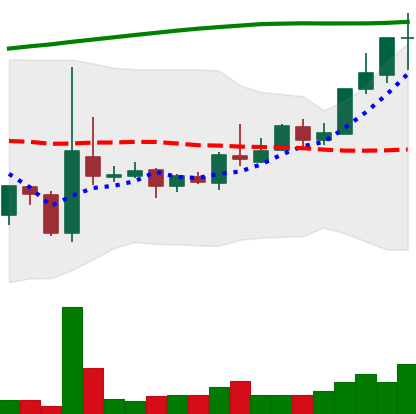
Ticker: TRX-USD
Chart end date: 2018-04-21
Forward return: 38.916%
Label: up_7plus